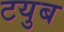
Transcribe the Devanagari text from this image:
टयुब